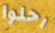
رحلوا